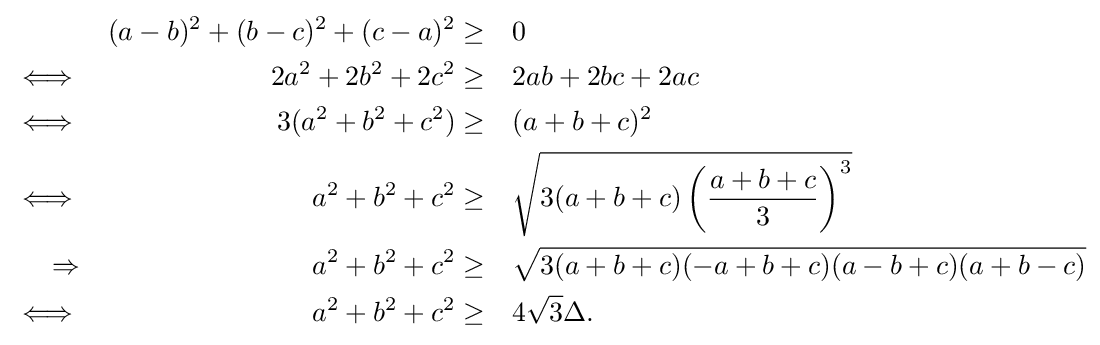
{\begin{aligned}&&(a-b)^{2}+(b-c)^{2}+(c-a)^{2}&\geq &&0\\\iff &&2a^{2}+2b^{2}+2c^{2}&\geq &&2ab+2bc+2ac\\\iff &&3(a^{2}+b^{2}+c^{2})&\geq &&(a+b+c)^{2}\\\iff &&a^{2}+b^{2}+c^{2}&\geq &&{\sqrt {3(a+b+c)\left({\frac {a+b+c}{3}}\right)^{3}}}\\\Rightarrow &&a^{2}+b^{2}+c^{2}&\geq &&{\sqrt {3(a+b+c)(-a+b+c)(a-b+c)(a+b-c)}}\\\iff &&a^{2}+b^{2}+c^{2}&\geq &&4{\sqrt {3}}\Delta .\end{aligned}}